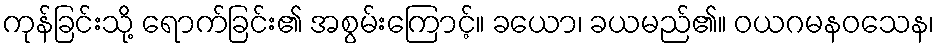
ကုန်ခြင်းသို့ ရောက်ခြင်း၏ အစွမ်းကြောင့်။ ခယော၊ ခယမည်၏။ ဝယဂမနဝသေန၊